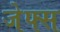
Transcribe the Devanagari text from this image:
जेफ्स